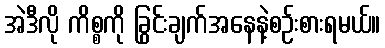
အဲဒီလို ကိစ္စကို ခြွင်းချက်အနေနဲ့စဉ်းစားရမယ်။